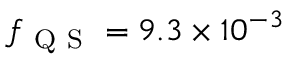
f _ { \mathrm { ~ Q ~ S ~ } } = 9 . 3 \times 1 0 ^ { - 3 }